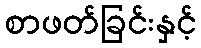
စာဖတ်ခြင်းနှင့်